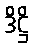
ဒိဋ္ဌိ